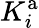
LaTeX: K_{i}^{\mathrm{a}}